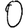
Digit: 0